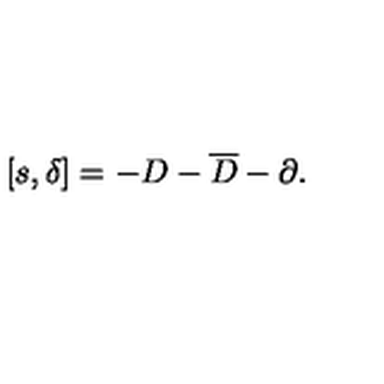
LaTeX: \left[ s , \delta \right] = - D - \overline { { D } } - \partial .